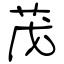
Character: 茂